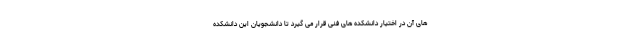
های آن در اختیار دانشکده های فنی قرار می گیرد تا دانشجویان این دانشکده